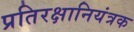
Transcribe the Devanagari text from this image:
प्रतिरक्षानियंत्रक